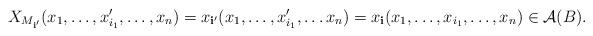
LaTeX: \begin{align*}X_{M_{\mathbf i'}}(x_1, \dots,x_{i_1}',\dots, x_n) = x_{\mathbf i'}(x_1, \dots,x_{i_1}',\dots x_n) = x_\mathbf i(x_1, \dots, x_{i_1}, \dots, x_n)\in \mathcal A(B).\end{align*}